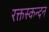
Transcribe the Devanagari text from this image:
रक्तस्कन्दन